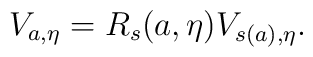
V_{a,\eta }=R_s(a,\eta )V_{s(a),\eta }.